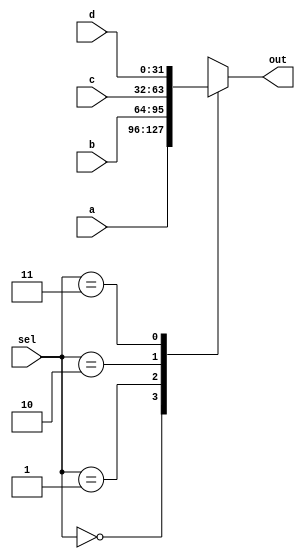
module mux2_4 (a,b,c,d,sel,out);
    input wire [31:0] a,b,c,d;
    input wire [1:0] sel;

    output reg [31:0] out;

    always @ (*) begin
        case (sel)
            2'b00 : out = a;
            2'b01 : out = b;
            2'b10 : out = c;
            2'b11 : out = d;
        endcase
    end
endmodule